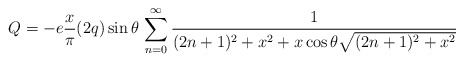
\begin{align*}Q=- e \frac{x}{\pi} (2q) \sin\theta\, \sum_{n=0}^\infty {1\over(2n+1)^2+x^2+x \cos\theta\sqrt{(2n+1)^2+x^2}}\end{align*}